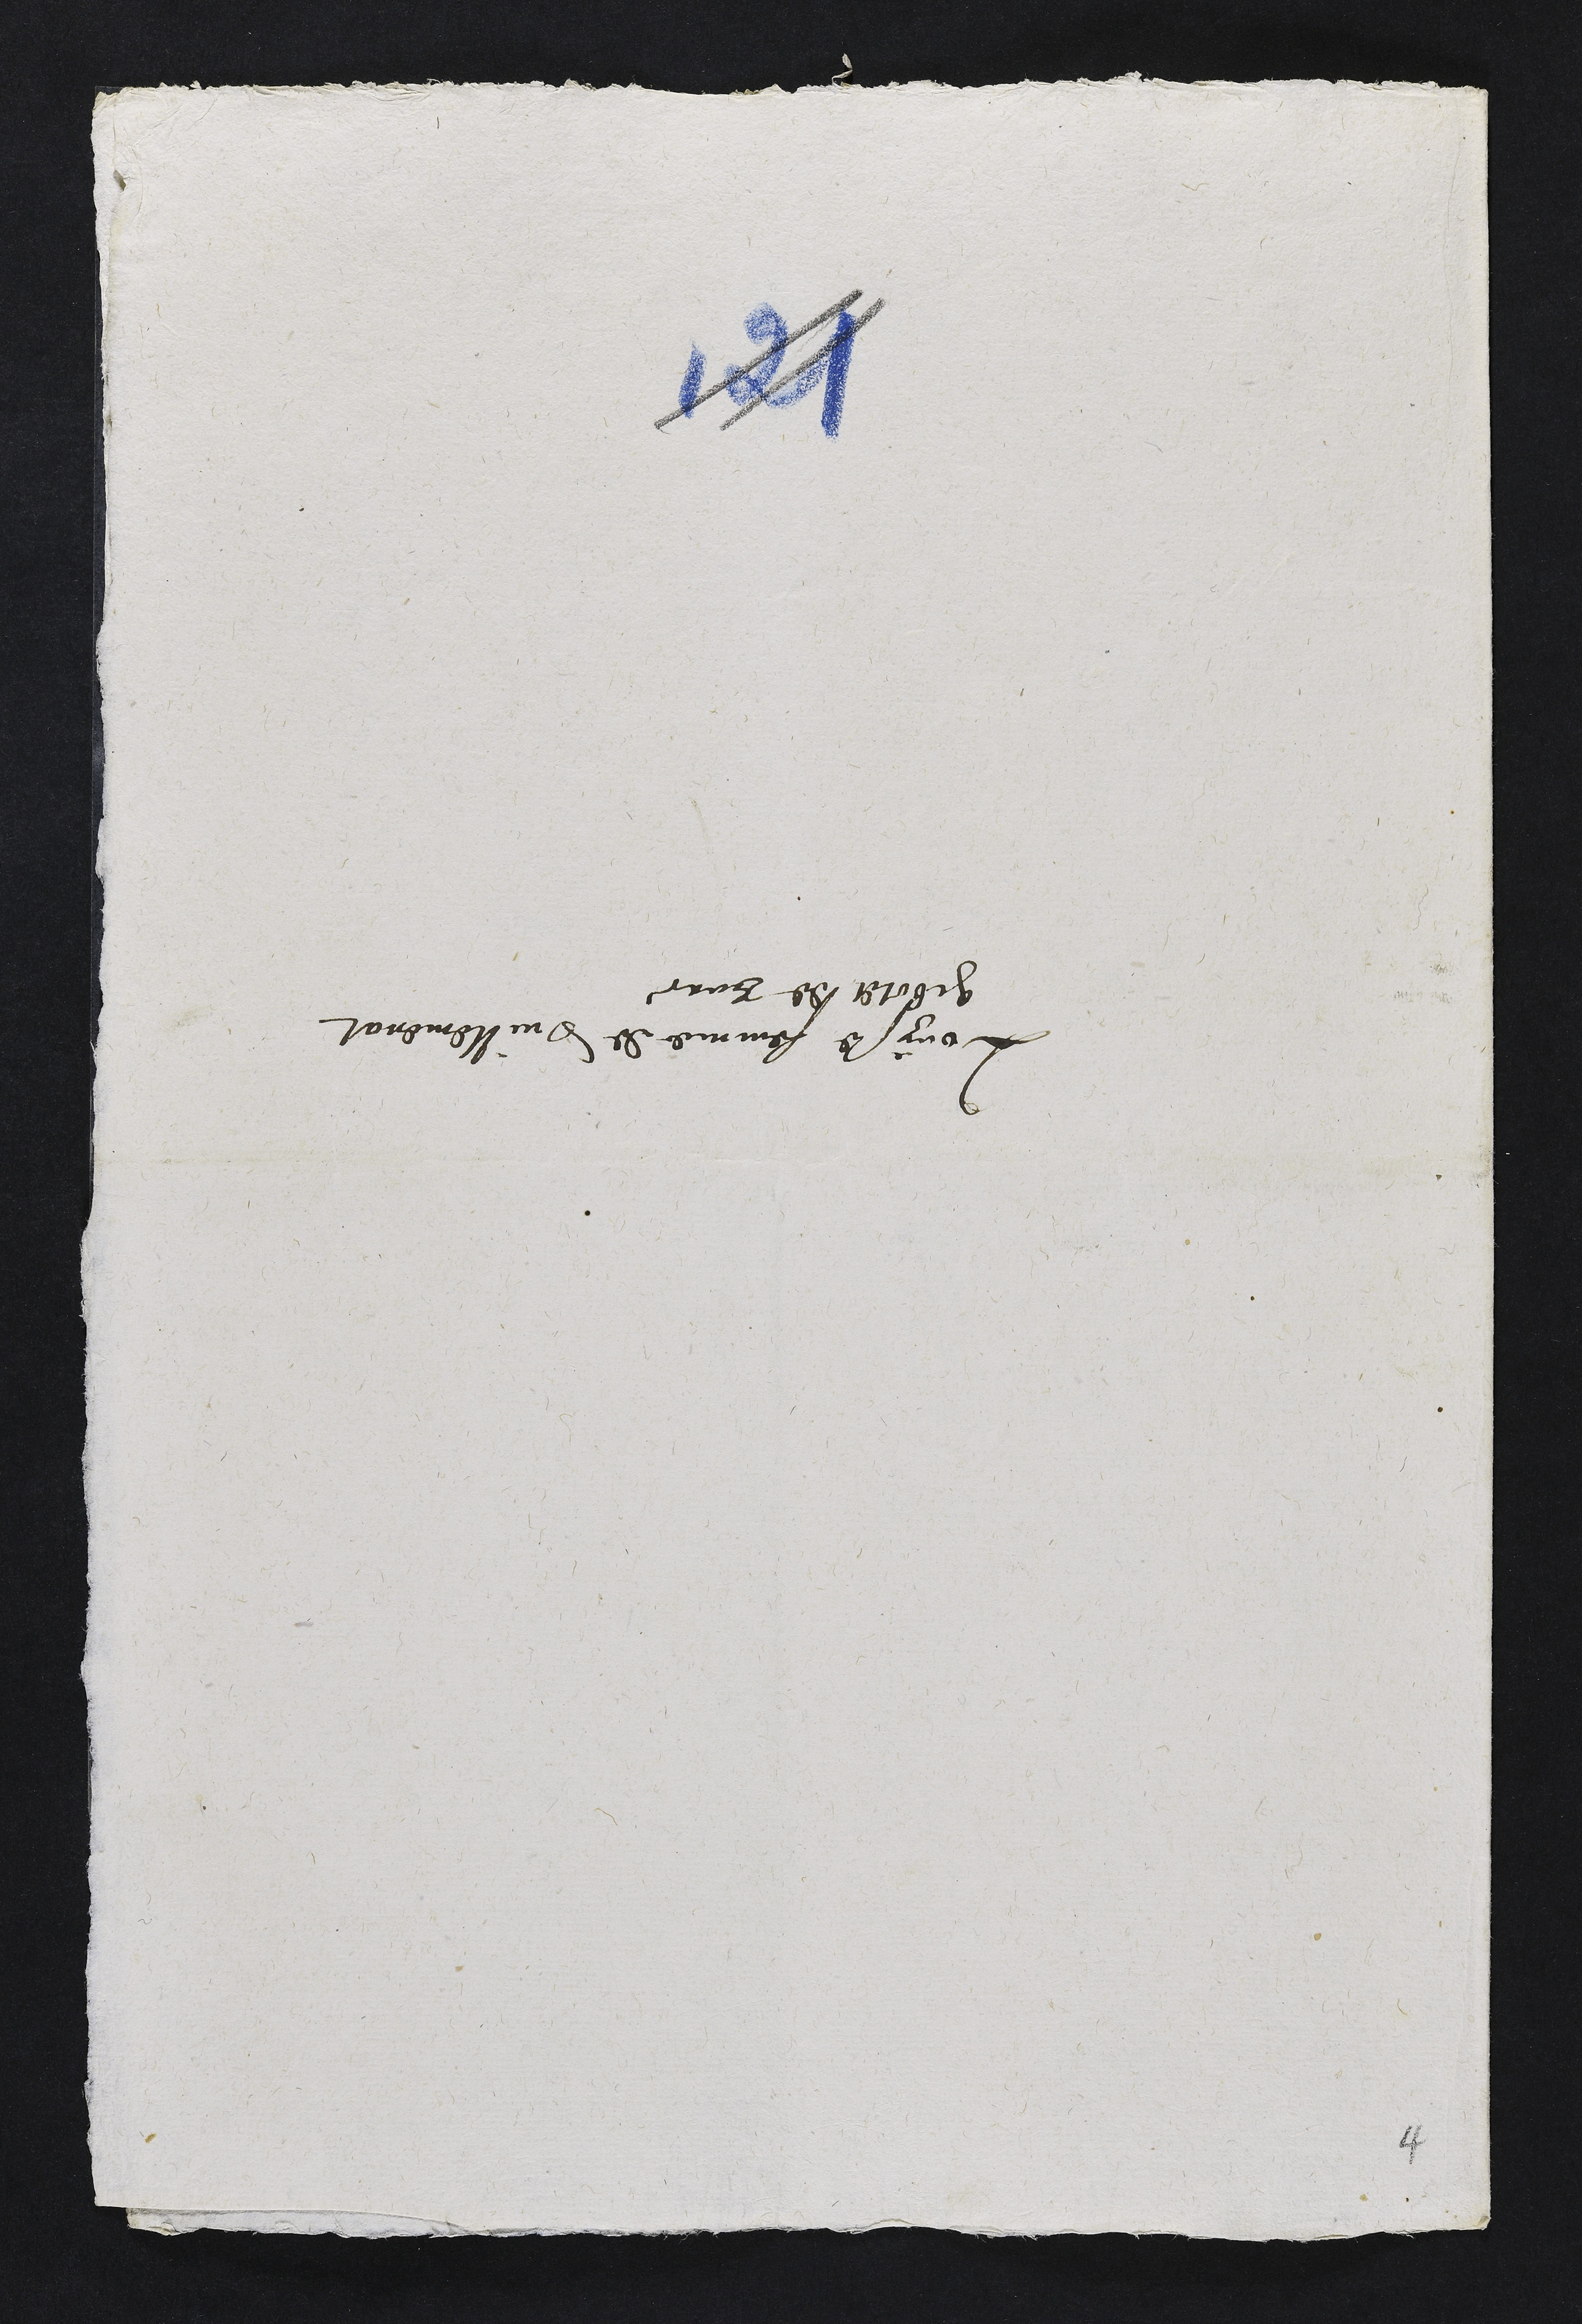
Louyse femme de Vuillemenat
gibolet de Bure